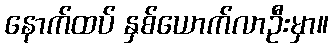
နောက်ထပ် နှစ်ယောက်လာဦးမှာ။